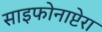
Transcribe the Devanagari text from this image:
साइफोनाप्टेरा